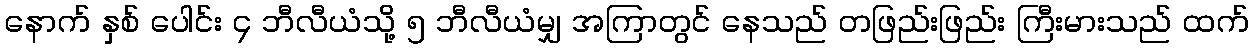
နောက် နှစ် ပေါင်း ၄ ဘီလီယံသို့ ၅ ဘီလီယံမျှ အကြာတွင် နေသည် တဖြည်းဖြည်း ကြီးမားသည် ထက်